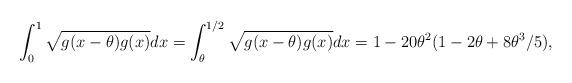
LaTeX: \begin{align*}\int_0^1 \sqrt{g(x-\theta)g(x)} dx = \int_\theta^{1/2} \sqrt{g(x-\theta)g(x)} dx = 1-20\theta^2(1-2\theta+8\theta^3/5),\end{align*}